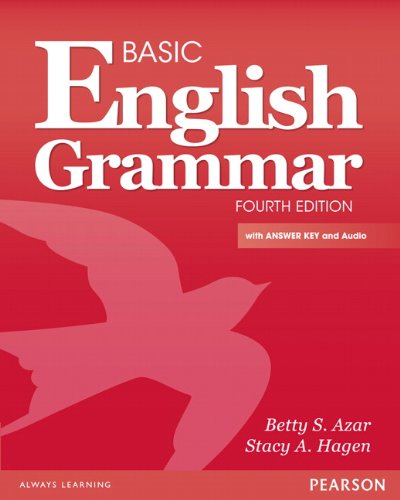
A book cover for Basic English Grammar with Audio CD, with Answer Key (4th Edition); Betty Schrampfer Azar; Reference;